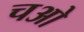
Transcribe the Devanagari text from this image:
चओ